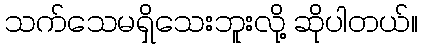
သက်သေမရှိသေးဘူးလို့ ဆိုပါတယ်။